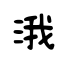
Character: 涐